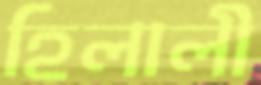
হিলালী